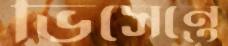
ভিসেন্তে